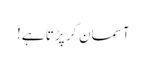
آسمان گر پڑتا ہے!